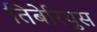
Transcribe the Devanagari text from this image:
तिबेरियुस